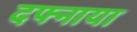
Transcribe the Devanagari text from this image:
दफ्नाया